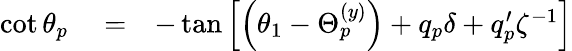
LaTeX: \begin{array}{rlr}{\cot\theta_{p}}&{{}=}&{-\tan\left[\left(\theta_{1}-\Theta_{p}^{(y)}\right)+q_{p}\delta+q_{p}^{\prime}\zeta^{-1}\right]}\end{array}